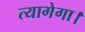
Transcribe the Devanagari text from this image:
त्यागेगा।